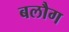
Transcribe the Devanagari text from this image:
बलौग